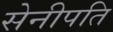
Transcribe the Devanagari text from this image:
सेनीपति